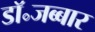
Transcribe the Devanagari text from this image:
डॉ॰जब्बार